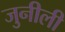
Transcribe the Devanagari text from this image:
जुनीली